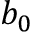
b _ { 0 }